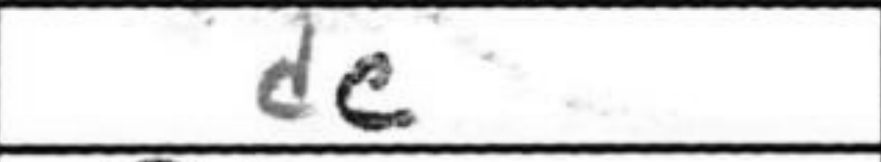
Transcription: dc